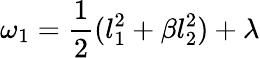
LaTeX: \omega_{1}=\frac{1}{2}(l_{1}^{2}+\beta l_{2}^{2})+\lambda